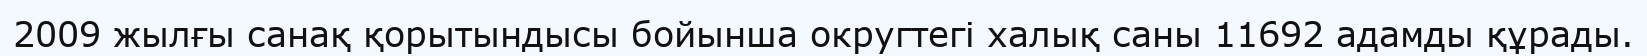
2009 жылғы санақ қорытындысы бойынша округтегі халық саны 11692 адамды құрады.